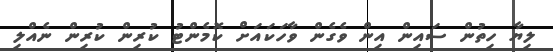
ލިޔާ ހިތުން ސައިން އިން ވެގެން ވާހަކައަށް ކޮމެންޓު ކުރިން ކުރިން ނެއްލި